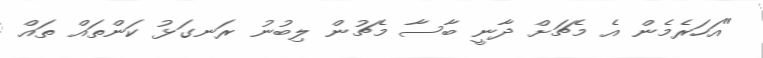
"އަހަރެމެން އެ މެޗަށް ދާނީ ބާސާ މެޗުން ލިބުނު ރަނގަޅު ކަންތައް ތައް